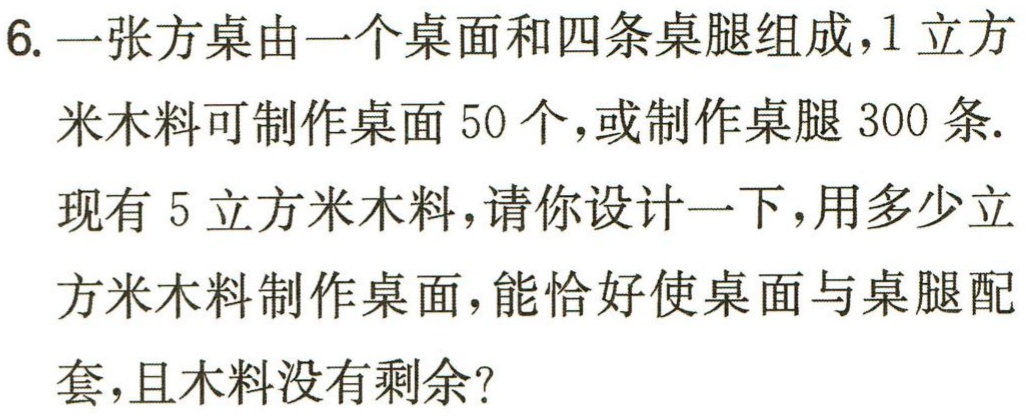
6. 一张方桌由一个桌面和四条桌腿组成，1立方米木料可制作桌面50个，或制作桌腿300条. 现有5立方米木料，请你设计一下，用多少立方米木料制作桌面，能恰好使桌面与桌腿配套，且木料没有剩余？